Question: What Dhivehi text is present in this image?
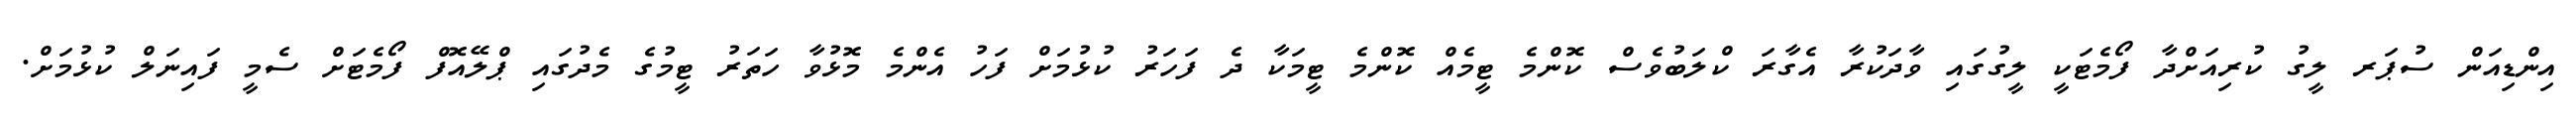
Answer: އިންޑިއަން ސުޕަރ ލީގު ކުރިއަށްދާ ފޯމެޓަކީ ލީގުގައި ވާދަކުރާ އެގާރަ ކްލަބުވެސް ކޮންމެ ޓީމެއް ކޮންމެ ޓީމަކާ ދެ ފަހަރު ކުޅުމަށް ފަހު އެންމެ މޮޅުވާ ހަތަރު ޓީމުގެ މެދުގައި ޕްލޭއޮފް ފޯމެޓަށް ސެމީ ފައިނަލް ކުޅުމަށް.